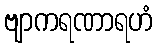
ဗျာကရဏာရဟံ